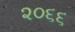
૨૦૬૬